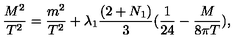
\frac { M ^ { 2 } } { T ^ { 2 } } = \frac { m ^ { 2 } } { T ^ { 2 } } + \lambda _ { 1 } \frac { ( 2 + N _ { 1 } ) } { 3 } ( \frac { 1 } { 2 4 } - \frac { M } { 8 \pi T } ) ,